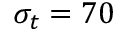
\sigma _ { t } = 7 0